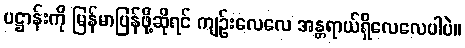
ပဋ္ဌာန်းကို မြန်မာပြန်ဖို့ဆိုရင် ကျဉ်းလေလေ အန္တရာယ်ရှိလေလေပါပဲ။